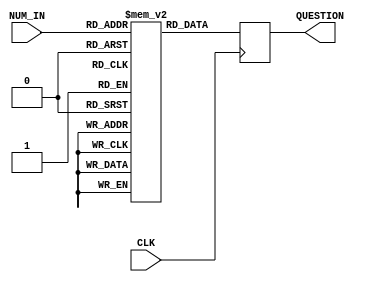
module DB (
    input  CLK,
    input  [3:0] NUM_IN, //0 ~ 11 ??
    output reg [23:0] QUESTION
);

 /*always @(posedge CLK) begin
    if(OK)begin
       QUESTION <=  0000_0100_0010_0001_0010_0100;
    end
    else begin
       QUESTION <= QUESTION; 
    end
 end*/
 reg [23:0] Q_table[8:0];   //26bit?32?
 //reg [2:0] ra;



 initial begin
    //ra <= 0;
    //2bit ????4bit*3???3? 10bit ?? 6?
    //?????-,2,3,5,7,11,13,17,19,23
    //         0,1,2,3,4, 5, 6, 7, 8, 9

    Q_table[0] <=  24'b0000_0011_0000_0001_0010_0011;
                    //000000110000?4bit????0000 0011 0000?????????????0,3,0????????????????????????
    Q_table[1] <=  24'b0000_0010_0111_0010_0010_0010;
                    //???00 ??=>27 ?? 3 3 3 - - -
    Q_table[2] <=  24'b0000_0100_0010_0001_0010_0100;
                    //????01  101010 => 42  - - - 2 3 7=>1 2 4???  

    Q_table[3] <=  24'b0000_0011_0000_0001_0010_0011;
               
    Q_table[4] <=  24'b0000_0010_0111_0010_0010_0010;
                       
    Q_table[5] <=  24'b0000_0100_0010_0001_0010_0100;
                        

    Q_table[6] <=  24'b0000_0011_0000_0001_0010_0011;

    Q_table[7] <=  24'b0000_0010_0111_0010_0010_0010;

    Q_table[8] <=  24'b0000_0100_0010_0001_0010_0100;

end

always @( posedge CLK)begin    
    //ra = NUM_IN;
    QUESTION <= Q_table[NUM_IN];
   // QUESTION <=  000001000010000100100100; 
end

endmodule